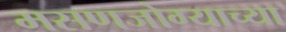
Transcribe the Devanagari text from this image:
मसणजोग्याच्या